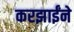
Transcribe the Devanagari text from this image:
करझाईंने